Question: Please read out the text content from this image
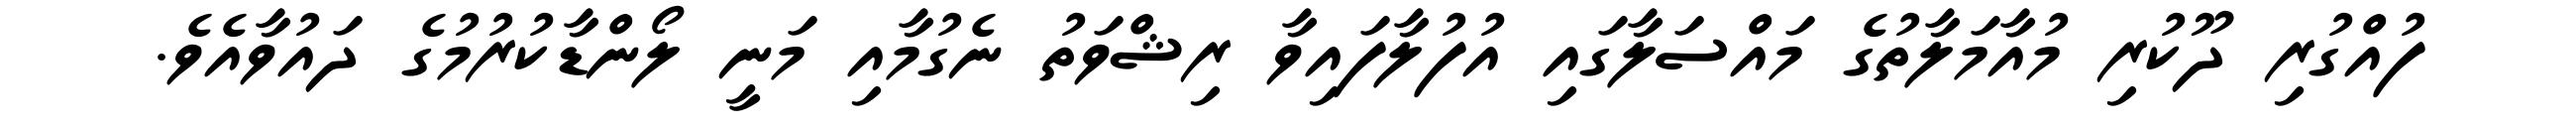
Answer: ފުއްގުރި ދޫކުރި މުއާމަލާތުގެ މައްސަލާގައި އުފުލާފައިވާ ރިޝްވަތު ނެގުމާއި މަނީ ލޯންޑާކުރުމުގެ ދައުވާއެވެ.